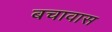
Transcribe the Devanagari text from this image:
बचावास